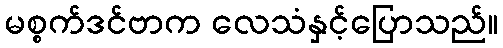
မစ္စက်ဒင်ဗာက လေသံနှင့်ပြောသည်။